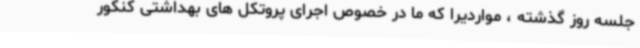
جلسه روز گذشته ، مواردیرا که ما در خصوص اجرای پروتکل های بهداشتی کنکور